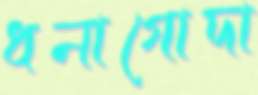
ধনাগোদা